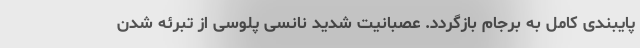
پایبندی کامل به برجام بازگردد. عصبانیت شدید نانسی پلوسی از تبرئه شدن